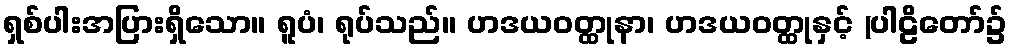
ရှစ်ပါးအပြားရှိသော။ ရူပံ၊ ရုပ်သည်။ ဟဒယဝတ္ထုနာ၊ ဟဒယဝတ္ထုနှင့် (ပါဠိတော်၌